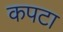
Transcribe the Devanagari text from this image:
कपटा